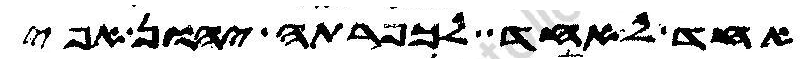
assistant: אחד לאחד לכפרתה יהון אפי